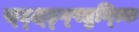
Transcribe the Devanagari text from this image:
स्द्क्ष्ह्ग्फ्तुय्त्कि